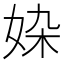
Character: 𡜉